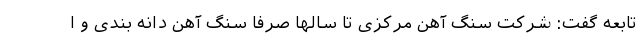
تابعه گفت: شرکت سنگ آهن مرکزی تا سالها صرفا سنگ آهن دانه بندی و ا